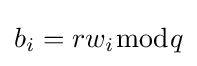
b_{i}=rw_{i}{\bmod {q}}